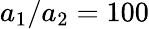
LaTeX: a_{1}/a_{2}=100